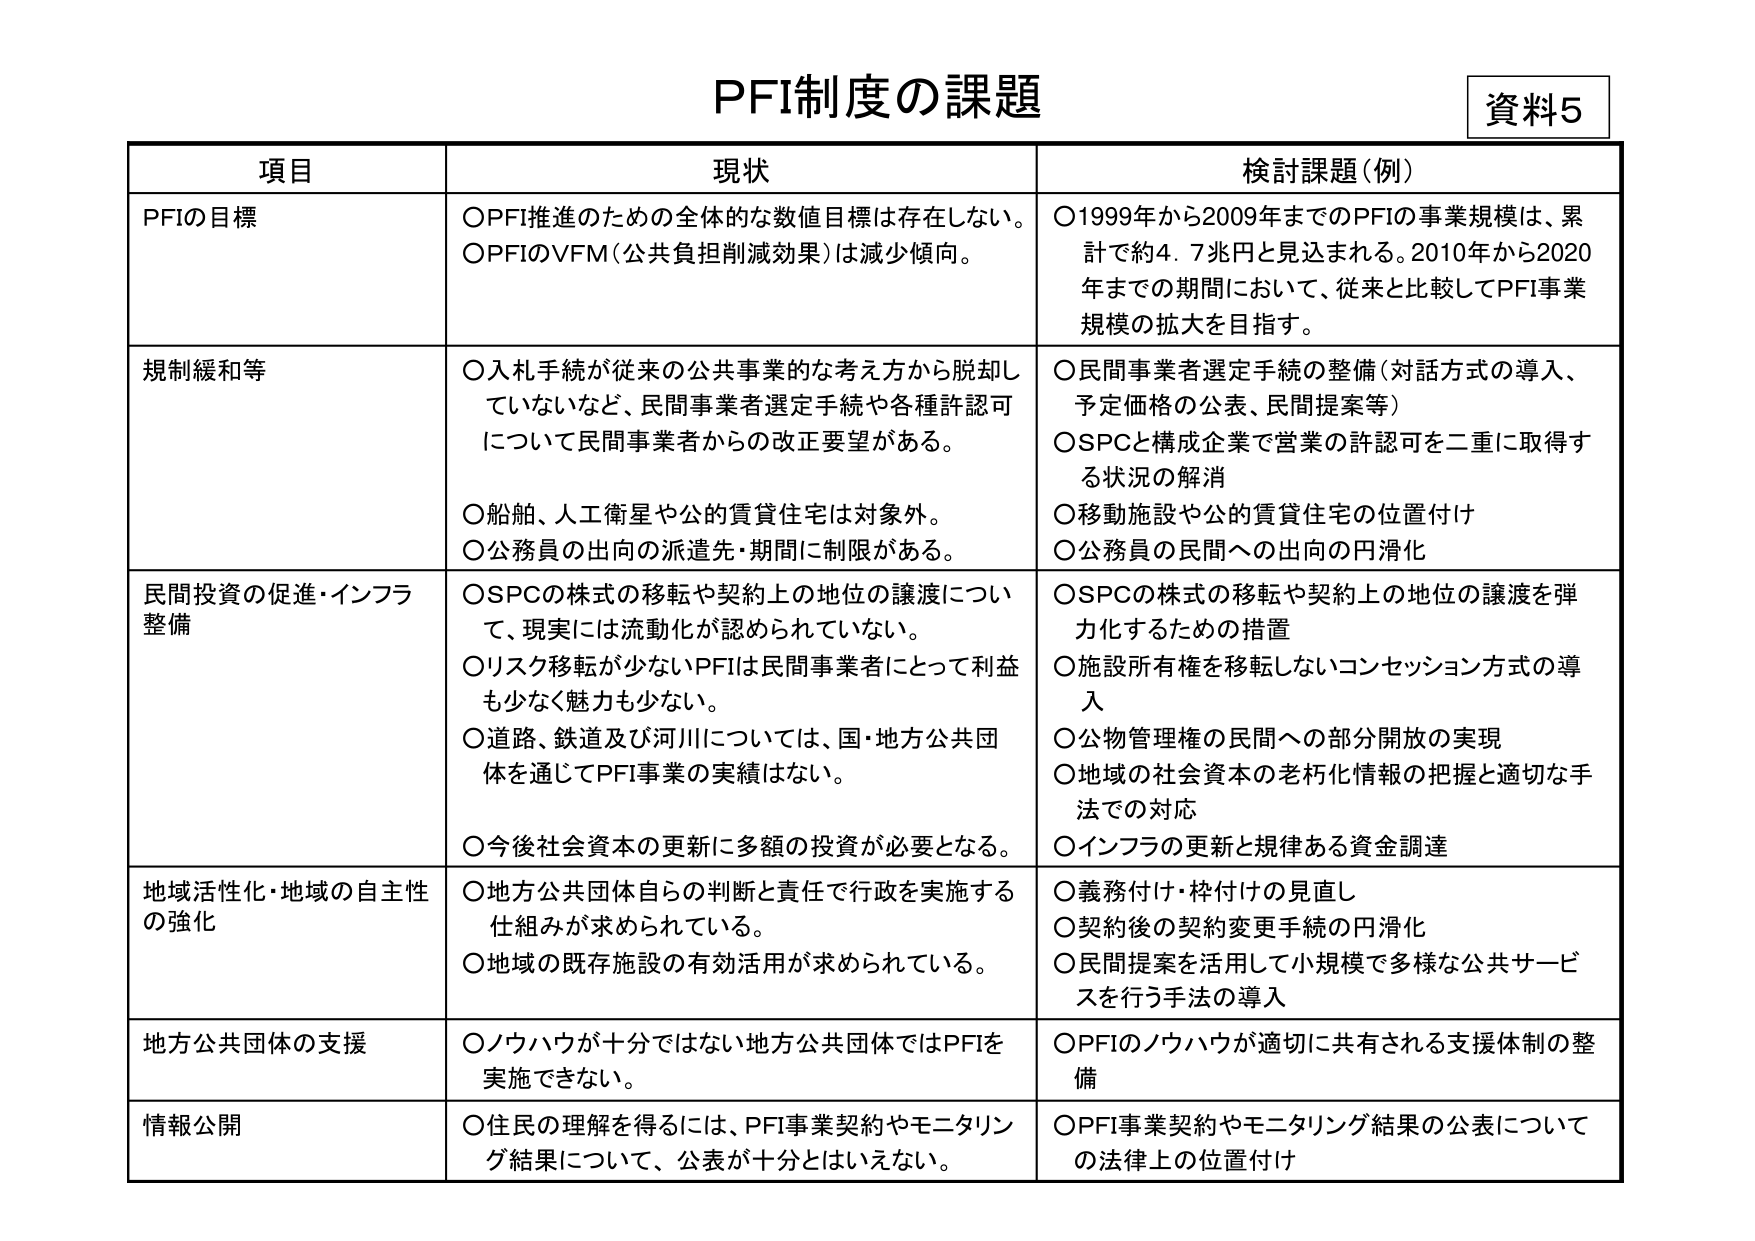
PFI制度の課題
資料5

項目 現状 検討課題（例）

PFIの目標
○PFI推進のための全体的な数値目標は存在しない。
○PFIのVFM（公共負担削減効果）は減少傾向。
○1999年から2009年までのPFIの事業規模は、累計で約4.7兆円と見込まれる。2010年から2020年までの期間において、従来と比較してPFI事業規模の拡大を目指す。

規制緩和等
○入札手続が従来の公共事業的な考え方から脱却していないなど、民間事業者選定手続や各種許認可について民間事業者からの改正要望がある。
○船舶、人工衛星や公的賃貸住宅は対象外。
○公務員の出向の派遣先・期間に制限がある。
○民間事業者選定手続の整備（対話方式の導入、予定価格の公表、民間提案等）
○SPCと構成企業で営業の許認可を二重に取得する状況の解消
○移動施設や公的賃貸住宅の位置付け
○公務員の民間への出向の円滑化

民間投資の促進・インフラ整備
○SPCの株式の移転や契約上の地位の譲渡について、現実には流動化が認められていない。
○リスク移転が少ないPFIは民間事業者にとって利益も少なく魅力も少ない。
○道路、鉄道及び河川については、国・地方公共団体を通じてPFI事業の実績はない。
○今後社会資本の更新に多額の投資が必要となる。
○SPCの株式の移転や契約上の地位の譲渡を弾力化するための措置
○施設所有権を移転しないコンセッション方式の導入
○公物管理権の民間への部分開放の実現
○地域の社会資本の老朽化情報の把握と適切な手法での対応
○インフラの更新と規律ある資金調達

地域活性化・地域の自主性の強化
○地方公共団体自らの判断と責任で行政を実施する仕組みが求められている。
○地域の既存施設の有効活用が求められている。
○義務付け・枠付けの見直し
○契約後の契約変更手続の円滑化
○民間提案を活用して小規模で多様な公共サービスを行う手法の導入

地方公共団体の支援
○ノウハウが十分ではない地方公共団体ではPFIを実施できない。
○PFIのノウハウが適切に共有される支援体制の整備

情報公開
○住民の理解を得るには、PFI事業契約やモニタリング結果について、公表が十分とはいえない。
○PFI事業契約やモニタリング結果の公表についての法律上の位置付け